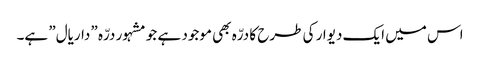
اس میں ایک دیوار کی طرح کا درّہ بھی موجود ہے جو مشہور درّہ ”داریال” ہے۔